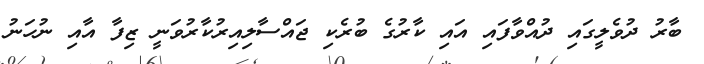
ބާރު ދުވެލީގައި ދުއްވާފައި އައި ކާރުގެ ބުރެކި ޖައްސާލިއިރުކާރުވަނީ ޒިފާ އާއި ނުހަނު